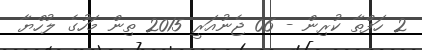
2 ހަފްތާ ކުރިން - 06 ޖެނުއަރީ 2015 ތިން މަހުގެ ލުހްޔާ